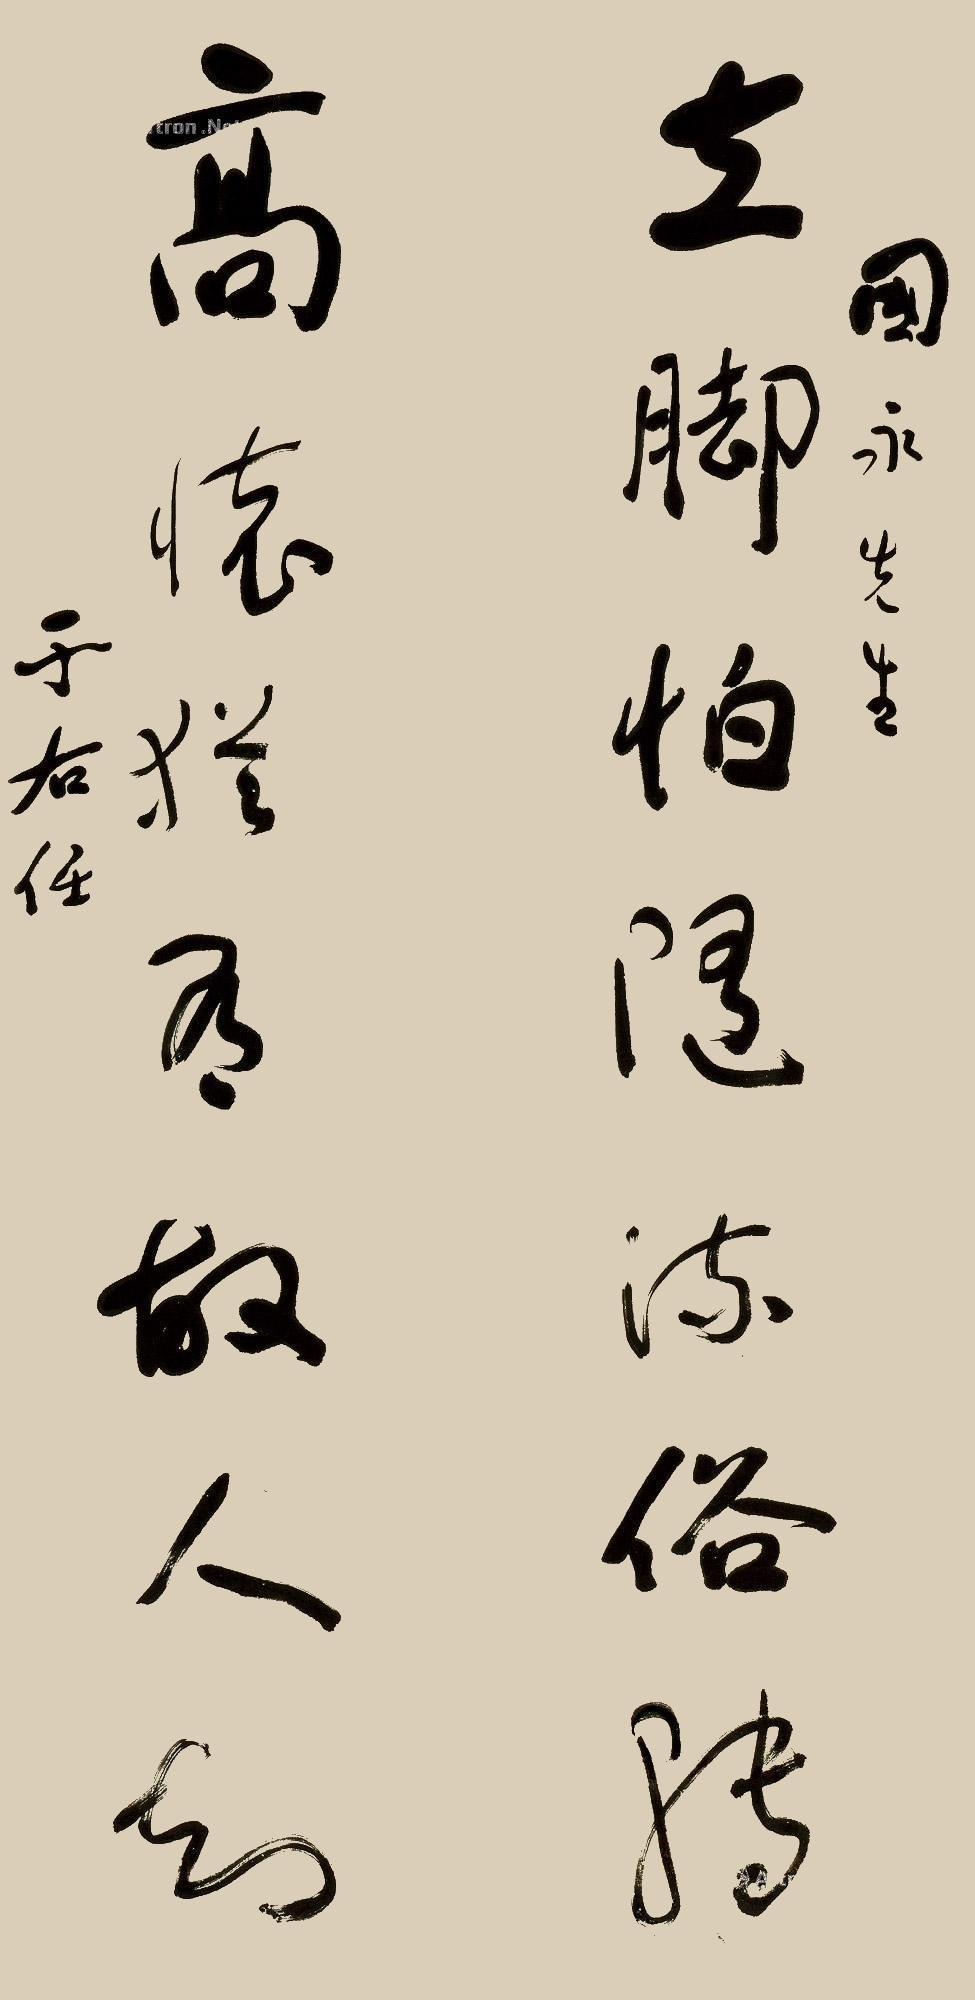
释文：立脚怕随流俗转，高怀犹有故人知。国永先生，于右任。